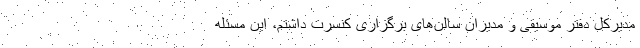
مدیرکل دفتر موسیقی و مدیران سالن‌های برگزاری کنسرت داشتم، این مسئله